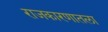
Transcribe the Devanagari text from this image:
राजकारणातला